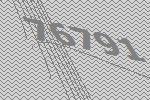
76791